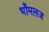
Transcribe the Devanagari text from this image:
भौंमलज